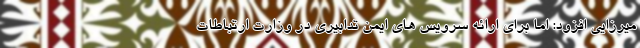
میرزایی افزود: اما برای ارائه سرویس های ایمن تدابیری در وزارت ارتباطات